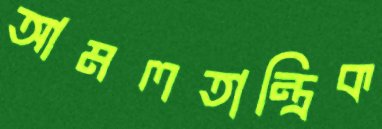
আমলতান্ত্রিক